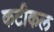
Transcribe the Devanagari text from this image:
कटीकल